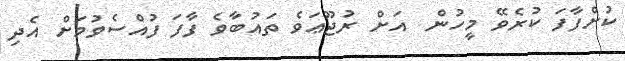
ކުށްފާފަ ކުރެވޭ މީހުން  އަށް ރުޖޫޢަވެ ތައުބާވެ ފާފަ ފުއްސެވުމަށް އެދި